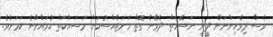
ވެސް ދިވެހިންނަށް ދީނީ ނަސޭހަތް ދެވޭނެ ގޮތް ހަމަޖެއްސުމަށް މަސައްކަތް ކުރައްވާނެ ކަމަށެވެ.